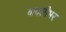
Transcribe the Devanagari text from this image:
बादलीभर